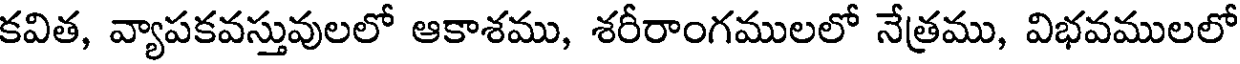
కవిత, వ్యాపకవస్తువులలో ఆకాశము, శరీరాంగములలో నేత్రము, విభవములలో